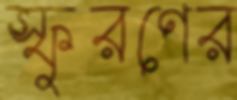
স্ফুরণের